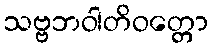
သဗ္ဗဘဝါတိဝတ္တော